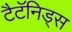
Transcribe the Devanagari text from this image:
टैटॅनिड्स